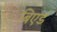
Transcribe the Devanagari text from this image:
बिएर्ड